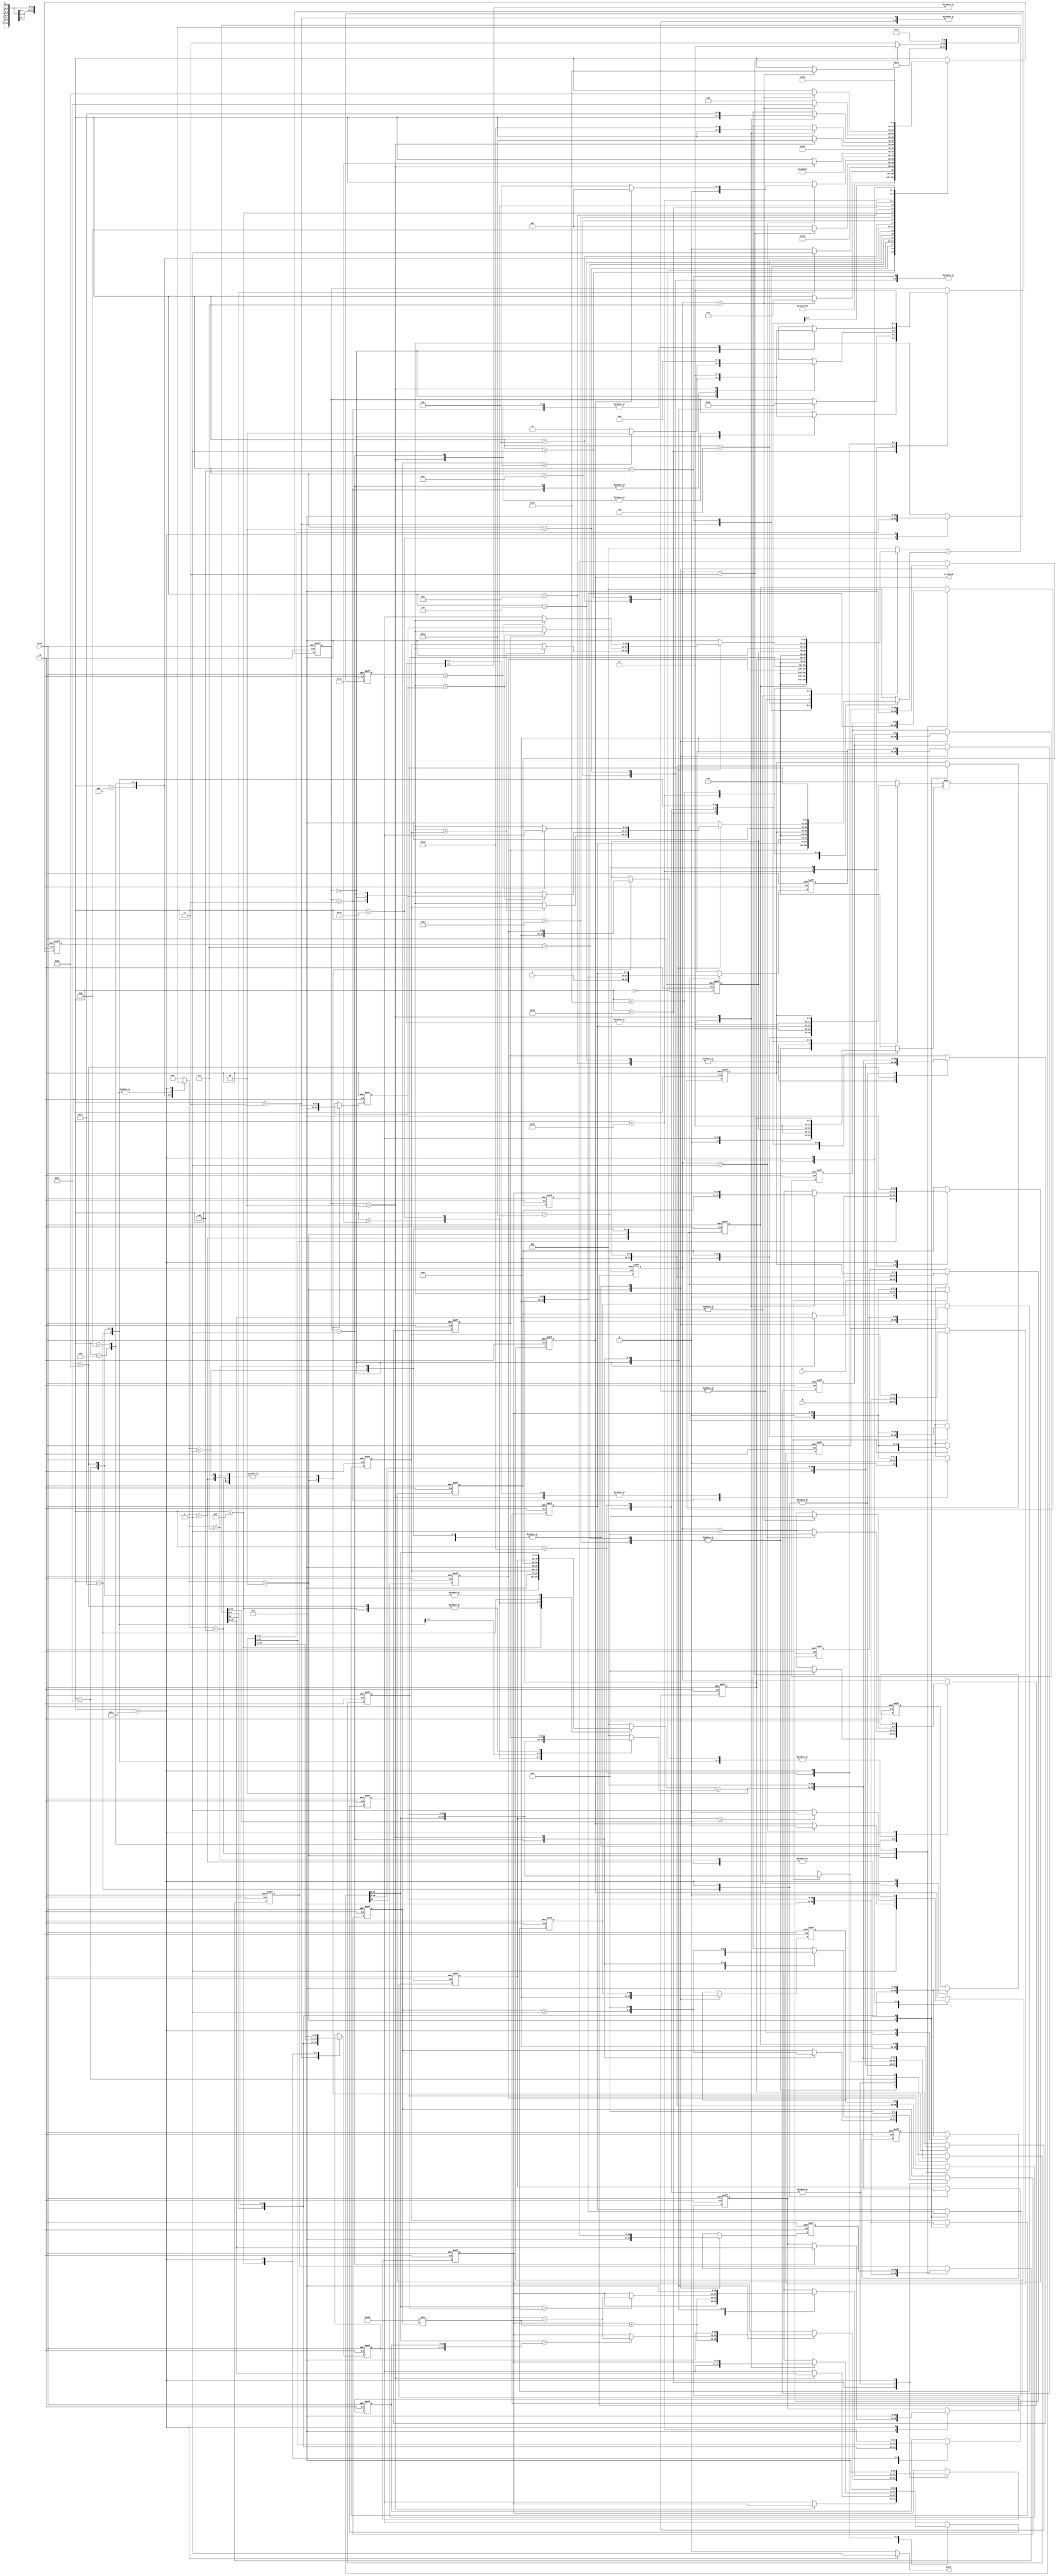
/******************************************************************/
//MODULE:		geofence
//VERSION:		1.0
//CODE TYPE:	RTL
//DESCRIPTION:	2021 University/College IC Design Contest
//
//MODIFICATION HISTORY:
// Date Description
// 11/03/2021
/******************************************************************/

`define Subtractor 22
`define Multiplier 12
`define Adder 23

`define sqrt_input_bit 22
`define sqrt_output_bit 11

`define fsm_bit 5

module geofence ( clk,reset,X,Y,R,valid,is_inside);
input clk;
input reset;
input [9:0] X;
input [9:0] Y;
input [10:0] R;
output valid;
output is_inside;

//===================================

integer i;

// data_mode
parameter data_not_move = 3'd0;
parameter data_move_forward = 3'd1;
parameter data_clear = 3'd2;
parameter data_loop_forward = 3'd3;
parameter data_change = 3'd4;
parameter data_all_loop_forward = 3'd5;

//fsm
parameter data_in = `fsm_bit'd0;
parameter Cross_product_start = `fsm_bit'd1;
parameter fsm_data_change = `fsm_bit'd8;
parameter Cross_product_end = `fsm_bit'd9;
parameter Data_homing = `fsm_bit'd10;
parameter A_to_B_distance_start = `fsm_bit'd11;
parameter sqrt_AtoB_start = `fsm_bit'd16;
parameter Triangle_area_end = `fsm_bit'd19;
parameter sqrt_ssa = `fsm_bit'd20;
parameter sqrt_sbsc = `fsm_bit'd21;
parameter Triangle_area_add = `fsm_bit'd22;
parameter Polygon_area_start = `fsm_bit'd23;
parameter Data_out = `fsm_bit'd25;
parameter Clear_data = `fsm_bit'd26;

//===================================
reg [9:0]x_data[5:0];
reg [9:0]y_data[5:0];
reg [10:0]r_data[5:0];
reg [10:0]dataA,dataB,dataC,dataS;
reg [10:0]dataA_next,dataB_next,dataC_next,dataS_next;
reg [21:0]Triangle_area,Triangle_area_next;

reg [2:0]data_mode;
reg [10:0]ax,ay,bx,by;
reg [10:0]ax_next,ay_next,bx_next,by_next;
reg fit,fit_next;

reg [21:0]ax_by,ay_bx;
reg [21:0]ax_by_next,ay_bx_next;

reg [4:0]count,count_next;
reg [`fsm_bit-1:0]fsm,fsm_next;

reg [1:0]sqrt_state,sqrt_state_next;
reg [`sqrt_output_bit-1:0]sqrt_temp,sqrt_temp_next;
reg [4:0]sqrt_count,sqrt_count_next;
wire [`sqrt_output_bit-1:0]sqrt_temp_sub_count,sqrt_temp_add_count;
wire [4:0]sqrt_count_add1;

assign sqrt_temp_sub_count = sqrt_temp - (`sqrt_output_bit'h400 >> sqrt_count);
assign sqrt_temp_add_count = sqrt_temp + (`sqrt_output_bit'h400 >> sqrt_count);
assign sqrt_count_add1 = sqrt_count + 5'd1;

assign valid = (fsm == `fsm_bit'd26)? 1'b1 : 1'b0;
assign is_inside = fit;

//  Multiplier 12bit * 12bit = 24bit
reg signed [`Multiplier-1:0]xinA,xinB;
wire signed [`Multiplier*2-1:0]xans;
assign xans = xinA * xinB;

// Subtractor 22bit
reg signed[`Subtractor-1:0]sainA,sainB;
wire signed[`Subtractor-1:0]saans;
assign saans = sainA - sainB;

// Adder 22bit
reg signed[`Adder-1:0]add_inA,add_inB;
wire signed[`Adder-1:0]add_ans;
assign add_ans = add_inA + add_inB;

//  counter
wire [4:0]count_add1;
assign count_add1 = count + 5'd1;

//====================================    Sequential logic

always@(posedge clk,posedge reset)
if(reset)
begin
    for(i = 0;i <= 5;i=i+1)   //// reset array[0]~[5]
    begin
        x_data[i] <= 10'd0;
        y_data[i] <= 10'd0;
        r_data[i] <= 11'd0;
    end
	
	ax <= 11'd0;
	ay <= 11'd0;
	bx <= 11'd0;
	by <= 11'd0;
	count <= 5'd0;
	fsm <= `fsm_bit'd0;
	ax_by <= `Subtractor'd0;
	ay_bx <= `Subtractor'd0;
	fit <= 1'b0; 
    sqrt_state <= 2'd0;
    sqrt_temp <= `sqrt_output_bit'd0;
    sqrt_count <= 5'd0;
    dataA <= 11'd0;
    dataB <= 11'd0;
    dataC <= 11'd0;
    dataS <= 11'd0;
    Triangle_area <= 22'd0;
end
else
begin
	ax <= ax_next;
	ay <= ay_next;
	bx <= bx_next;
	by <= by_next;
	count <= count_next;
	fsm <= fsm_next;
	ax_by <= ax_by_next;
	ay_bx <= ay_bx_next;
	fit <= fit_next;
    sqrt_state <= sqrt_state_next;
    sqrt_temp <= sqrt_temp_next;
    sqrt_count <= sqrt_count_next;
    dataA <= dataA_next;
    dataB <= dataB_next;
    dataC <= dataC_next;
    dataS <= dataS_next;
    Triangle_area <= Triangle_area_next;
	
	case(data_mode)	//synopsys parallel_case
		default:
		begin
			for(i = 0;i <= 5;i=i+1)
            begin
                x_data[i] <= x_data[i];
                y_data[i] <= y_data[i];
                r_data[i] <= r_data[i];
            end
		end
		data_move_forward:   //data add to array[5],array[0]~[4]move forward
		begin
            for(i = 0;i <= 4;i=i+1)
            begin
                x_data[i] <= x_data[i+1];
                y_data[i] <= y_data[i+1];
                r_data[i] <= r_data[i+1];
            end
            x_data[5] <= X;
            y_data[5] <= Y;
            r_data[5] <= R;
		end
		data_clear:   // clear array[0]~[5]
		begin
			for(i = 0;i <= 5;i=i+1)
            begin
                x_data[i] <= 10'd0;
                y_data[i] <= 10'd0;
                r_data[i] <= 11'd0;
            end
		end
		data_loop_forward:   // array[0] does not move,array[1]~[5]loop forward
		begin
            for(i = 1;i <= 4;i=i+1)
            begin
                x_data[i] <= x_data[i+1];
                y_data[i] <= y_data[i+1];
                r_data[i] <= r_data[i+1];
            end
			x_data[0] <= x_data[0];
            y_data[0] <= y_data[0];
            r_data[0] <= r_data[0];
            
            x_data[5] <= x_data[1];
            y_data[5] <= y_data[1];
            r_data[5] <= r_data[1];
		end
        data_change:   //array[1] [2]change
		begin
			x_data[1] <= x_data[2];
            y_data[1] <= y_data[2];
            r_data[1] <= r_data[2];

            x_data[2] <= x_data[1];
            y_data[2] <= y_data[1];
            r_data[2] <= r_data[1];
		end
        data_all_loop_forward:   // array[0]~[5]loop forward
		begin
            for(i = 0;i <= 4;i=i+1)
            begin
                x_data[i] <= x_data[i+1];
                y_data[i] <= y_data[i+1];
                r_data[i] <= r_data[i+1];
            end
            x_data[5] <= x_data[0];
            y_data[5] <= y_data[0];
            r_data[5] <= r_data[0];
		end
	endcase
end


//================================================    Combinatorial logic

always@(*)
begin
	case(fsm)
        //============================== Geofence sorting
		data_in:   //data in
		begin
			data_mode = 3'd1;
			ax_next = ax;
			ay_next = ay;
			bx_next = bx;
			by_next = by;
			ax_by_next = ax_by;
			ay_bx_next = ay_bx;
			count_next = count;
			fsm_next = fsm;
			fit_next = fit;
            sqrt_state_next = sqrt_state;
            sqrt_temp_next = sqrt_temp;
            sqrt_count_next = sqrt_count;
            dataA_next = dataA;
            dataB_next = dataB;
            dataC_next = dataC;
            dataS_next = dataS;
            Triangle_area_next = Triangle_area;
            Triangle_area_next = Triangle_area;
			xinA = `Multiplier'd0;
			xinB = `Multiplier'd0;
			sainA = `Subtractor'd0;
			sainB = `Subtractor'd0;
            add_inA = `Adder'd0;
			add_inB = `Adder'd0;
            
			
			if(count == 5'd5)
			begin
				fsm_next = 5'd1;
				count_next = 5'd0;
			end
			else
			begin
				count_next = count_add1;
			end
		end
		Cross_product_start:   // x1-x0
		begin
			data_mode = data_not_move;
			ax_next = {saans[21],saans[9:0]};
			ay_next = ay;
			bx_next = bx;
			by_next = by;
			ax_by_next = ax_by;
			ay_bx_next = ay_bx;
			count_next = count;
			fsm_next = `fsm_bit'd2;
			fit_next = fit;
            sqrt_state_next = sqrt_state;
            sqrt_temp_next = sqrt_temp;
            sqrt_count_next = sqrt_count;
            dataA_next = dataA;
            dataB_next = dataB;
            dataC_next = dataC;
            dataS_next = dataS;
            Triangle_area_next = Triangle_area;
			xinA = `Multiplier'd0;
			xinB = `Multiplier'd0;
			sainA = {12'd0,x_data[1]};
			sainB = {12'd0,x_data[0]};
            add_inA = `Adder'd0;
			add_inB = `Adder'd0;
		end
		`fsm_bit'd2:   // y1-y0
		begin
			data_mode = data_not_move;
			ax_next = ax;
			ay_next = {saans[21],saans[9:0]};
			bx_next = bx;
			by_next = by;
			ax_by_next = ax_by;
			ay_bx_next = ay_bx;
			count_next = count;
			fsm_next = `fsm_bit'd3;
			fit_next = fit;
            sqrt_state_next = sqrt_state;
            sqrt_temp_next = sqrt_temp;
            sqrt_count_next = sqrt_count;
            dataA_next = dataA;
            dataB_next = dataB;
            dataC_next = dataC;
            dataS_next = dataS;
            Triangle_area_next = Triangle_area;
			xinA = `Multiplier'd0;
			xinB = `Multiplier'd0;
			sainA = {12'd0,y_data[1]};
			sainB = {12'd0,y_data[0]};
            add_inA = `Adder'd0;
			add_inB = `Adder'd0;
		end
		`fsm_bit'd3:   // x2-x0
		begin
			data_mode = data_not_move;
			ax_next = ax;
			ay_next = ay;
			bx_next = {saans[21],saans[9:0]};
			by_next = by;
			ax_by_next = ax_by;
			ay_bx_next = ay_bx;
			count_next = count;
			fsm_next = `fsm_bit'd4;
			fit_next = fit;
            sqrt_state_next = sqrt_state;
            sqrt_temp_next = sqrt_temp;
            sqrt_count_next = sqrt_count;
            dataA_next = dataA;
            dataB_next = dataB;
            dataC_next = dataC;
            dataS_next = dataS;
            Triangle_area_next = Triangle_area;
			xinA = `Multiplier'd0;
			xinB = `Multiplier'd0;
			sainA = {12'd0,x_data[2]};
			sainB = {12'd0,x_data[0]};
            add_inA = `Adder'd0;
			add_inB = `Adder'd0;
		end
		`fsm_bit'd4:   // y2-y0
		begin
			data_mode = data_not_move;
			ax_next = ax;
			ay_next = ay;
			bx_next = bx;
			by_next = {saans[21],saans[9:0]};
			ax_by_next = ax_by;
			ay_bx_next = ay_bx;
			count_next = count;
			fsm_next = `fsm_bit'd5;
			fit_next = fit;
            sqrt_state_next = sqrt_state;
            sqrt_temp_next = sqrt_temp;
            sqrt_count_next = sqrt_count;
            dataA_next = dataA;
            dataB_next = dataB;
            dataC_next = dataC;
            dataS_next = dataS;
            Triangle_area_next = Triangle_area;
			xinA = `Multiplier'd0;
			xinB = `Multiplier'd0;
			sainA =  {12'd0,y_data[2]};
			sainB =  {12'd0,y_data[0]};
            add_inA = `Adder'd0;
			add_inB = `Adder'd0;
		end
		`fsm_bit'd5:   // Ax*By
		begin
			data_mode = data_not_move;
			ax_next = ax;
			ay_next = ay;
			bx_next = bx;
			by_next = by;
			ax_by_next = {xans[23],xans[20:0]};
			ay_bx_next = ay_bx;
			count_next = count;
			fsm_next = `fsm_bit'd6;
			fit_next = fit;
            sqrt_state_next = sqrt_state;
            sqrt_temp_next = sqrt_temp;
            sqrt_count_next = sqrt_count;
            dataA_next = dataA;
            dataB_next = dataB;
            dataC_next = dataC;
            dataS_next = dataS;
            Triangle_area_next = Triangle_area;
			xinA = {ax[10],ax[10],ax[9:0]};
			xinB = {by[10],by[10],by[9:0]};
			sainA = `Subtractor'd0;
			sainB = `Subtractor'd0;
            add_inA = `Adder'd0;
			add_inB = `Adder'd0;
		end
		`fsm_bit'd6:   // Ay*Bx
		begin
			data_mode = data_not_move;
			ax_next = ax;
			ay_next = ay;
			bx_next = bx;
			by_next = by;
			ax_by_next = ax_by;
			ay_bx_next = {xans[23],xans[20:0]};
			count_next = count;
			fsm_next = `fsm_bit'd7;
			fit_next = fit;
            sqrt_state_next = sqrt_state;
            sqrt_temp_next = sqrt_temp;
            sqrt_count_next = sqrt_count;
            dataA_next = dataA;
            dataB_next = dataB;
            dataC_next = dataC;
            dataS_next = dataS;
            Triangle_area_next = Triangle_area;
			xinA = {ay[10],ay[10],ay[9:0]};
			xinB = {bx[10],bx[10],bx[9:0]};
			sainA = `Subtractor'd0;
			sainB = `Subtractor'd0;
            add_inA = `Adder'd0;
			add_inB = `Adder'd0;
		end
		`fsm_bit'd7:   // Ax*By - Ay*Bx
		begin
			data_mode = data_not_move;
			ax_next = ax;
			ay_next = ay;
			bx_next = bx;
			by_next = by;
			ax_by_next = ax_by;
			ay_bx_next = ay_bx;
			count_next = count;
			fsm_next = fsm;
			fit_next = fit;
            sqrt_state_next = sqrt_state;
            sqrt_temp_next = sqrt_temp;
            sqrt_count_next = sqrt_count;
            dataA_next = dataA;
            dataB_next = dataB;
            dataC_next = dataC;
            dataS_next = dataS;
            Triangle_area_next = Triangle_area;
			xinA = `Multiplier'd0;
			xinB = `Multiplier'd0;
			sainA = ax_by;
			sainB = ay_bx;
            add_inA = `Adder'd0;
			add_inB = `Adder'd0;
			if(saans[21] == 1'b0)
			begin
				fsm_next = fsm_data_change;
			end
			else
			begin
				fsm_next = Cross_product_end;
			end
		end
		fsm_data_change:   //data change
		begin
			data_mode = data_change;
			ax_next = ax;
			ay_next = ay;
			bx_next = bx;
			by_next = by;
			ax_by_next = ax_by;
			ay_bx_next = ay_bx;
			count_next = count;
			fsm_next = Cross_product_end;
			fit_next = 1'b1;
            sqrt_state_next = sqrt_state;
            sqrt_temp_next = sqrt_temp;
            sqrt_count_next = sqrt_count;
            dataA_next = dataA;
            dataB_next = dataB;
            dataC_next = dataC;
            dataS_next = dataS;
            Triangle_area_next = Triangle_area;
			xinA = `Multiplier'd0;
			xinB = `Multiplier'd0;
			sainA = `Subtractor'd0;
			sainB = `Subtractor'd0;
            add_inA = `Adder'd0;
			add_inB = `Adder'd0;
		end
		Cross_product_end:
		begin
			data_mode = data_loop_forward;
			ax_next = ax;
			ay_next = ay;
			bx_next = bx;
			by_next = by;
			ax_by_next = ax_by;
			ay_bx_next = ay_bx;
			count_next = count;
			fit_next = fit;
            sqrt_state_next = sqrt_state;
            sqrt_temp_next = sqrt_temp;
            sqrt_count_next = sqrt_count;
            dataA_next = dataA;
            dataB_next = dataB;
            dataC_next = dataC;
            dataS_next = dataS;
            Triangle_area_next = Triangle_area;
			if(count == 5'd3)
			begin
                fsm_next = Data_homing;
                count_next = 5'd0;
                data_mode = data_not_move;
			end
			else
			begin
				fsm_next = Cross_product_start;
				count_next = count_add1;
			end
			xinA = `Multiplier'd0;
			xinB = `Multiplier'd0;
			sainA = `Subtractor'd0;
			sainB = `Subtractor'd0;
            add_inA = `Adder'd0;
			add_inB = `Adder'd0;
		end
        Data_homing:
		begin
			data_mode = data_loop_forward;
			ax_next = ax;
			ay_next = ay;
			bx_next = bx;
			by_next = by;
			ax_by_next = ax_by;
			ay_bx_next = ay_bx;
			fit_next = fit;
            sqrt_state_next = sqrt_state;
            sqrt_temp_next = sqrt_temp;
            sqrt_count_next = sqrt_count;
            dataA_next = dataA;
            dataB_next = dataB;
            dataC_next = dataC;
            dataS_next = dataS;
            Triangle_area_next = Triangle_area;
            if(count == 5'd1)
            begin
                count_next = 5'd0;
                if(fit == 1'b1)
                begin
                    fit_next = 1'b0;
			        fsm_next = Cross_product_start;
                end
                else
                begin
                    fsm_next = A_to_B_distance_start;
                end
            end
            else 
            begin
                count_next = count_add1;
                fsm_next = fsm;
            end
			xinA = `Multiplier'd0;
			xinB = `Multiplier'd0;
			sainA = `Subtractor'd0;
			sainB = `Subtractor'd0;
            add_inA = `Adder'd0;
			add_inB = `Adder'd0;
		end
        //================================== Triangle area
        A_to_B_distance_start:  // x1-x0 = ax
		begin
			data_mode = data_not_move;
			ax_next = {saans[21],saans[9:0]};
			ay_next = ay;
			bx_next = bx;
			by_next = by;
			ax_by_next = ax_by;
			ay_bx_next = ay_bx;
			count_next = count;
			fsm_next = 5'd12;
			fit_next = fit;
            sqrt_state_next = sqrt_state;
            sqrt_temp_next = sqrt_temp;
            sqrt_count_next = sqrt_count;
            dataA_next = dataA;
            dataB_next = dataB;
            dataC_next = dataC;
            dataS_next = dataS;
            Triangle_area_next = Triangle_area;
			xinA = `Multiplier'd0;
			xinB = `Multiplier'd0;
			sainA = {12'd0,x_data[1]};
			sainB = {12'd0,x_data[0]};
            add_inA = `Adder'd0;
			add_inB = `Adder'd0;
		end
        `fsm_bit'd12:  // y1-y0 = ay
		begin
			data_mode = data_not_move;
			ax_next = ax;
			ay_next = {saans[21],saans[9:0]};
			bx_next = bx;
			by_next = by;
			ax_by_next = ax_by;
			ay_bx_next = ay_bx;
			count_next = count;
			fsm_next = `fsm_bit'd13;
			fit_next = fit;
            sqrt_state_next = sqrt_state;
            sqrt_temp_next = sqrt_temp;
            sqrt_count_next = sqrt_count;
            dataA_next = dataA;
            dataB_next = dataB;
            dataC_next = dataC;
            dataS_next = dataS;
            Triangle_area_next = Triangle_area;
			xinA = `Multiplier'd0;
			xinB = `Multiplier'd0;
			sainA = {12'd0,y_data[1]};
			sainB = {12'd0,y_data[0]};
            add_inA = `Adder'd0;
			add_inB = `Adder'd0;
		end
        `fsm_bit'd13:  // ax * ax = ax_by
		begin
			data_mode = data_not_move;
			ax_next = ax;
			ay_next = ay;
			bx_next = bx;
			by_next = by;
			ax_by_next = {xans[23],xans[20:0]};
			ay_bx_next = ay_bx;
			count_next = count;
			fsm_next = `fsm_bit'd14;
			fit_next = fit;
            sqrt_state_next = sqrt_state;
            sqrt_temp_next = sqrt_temp;
            sqrt_count_next = sqrt_count;
            dataA_next = dataA;
            dataB_next = dataB;
            dataC_next = dataC;
            dataS_next = dataS;
            Triangle_area_next = Triangle_area;
			xinA = {ax[10],ax[10],ax[9:0]};
			xinB = {ax[10],ax[10],ax[9:0]};
			sainA = `Subtractor'd0;
			sainB = `Subtractor'd0;
            add_inA = `Adder'd0;
			add_inB = `Adder'd0;
		end
        `fsm_bit'd14:  // ay * ay = ay_bx
		begin
			data_mode = data_not_move;
			ax_next = ax;
			ay_next = ay;
			bx_next = bx;
			by_next = by;
			ax_by_next = ax_by;
			ay_bx_next = {xans[23],xans[20:0]};
			count_next = count;
			fsm_next = `fsm_bit'd15;
			fit_next = fit;
            sqrt_state_next = sqrt_state;
            sqrt_temp_next = sqrt_temp;
            sqrt_count_next = sqrt_count;
            dataA_next = dataA;
            dataB_next = dataB;
            dataC_next = dataC;
            dataS_next = dataS;
            Triangle_area_next = Triangle_area;
			xinA = {ay[10],ay[10],ay[9:0]};
			xinB = {ay[10],ay[10],ay[9:0]};
			sainA = `Subtractor'd0;
			sainB = `Subtractor'd0;
            add_inA = `Adder'd0;
			add_inB = `Adder'd0;
		end
        `fsm_bit'd15:  // ax_by + ay_bx = {bx,by} (20+20bit)
		begin
			data_mode = data_not_move;
			ax_next = ax;
			ay_next = ay;
			bx_next = add_ans[21:11];    //MSB 20bit
			by_next = add_ans[10:0];  //LSB 20bit
			ax_by_next = ax_by;
			ay_bx_next = ay_bx;
			count_next = count;
			fsm_next = sqrt_AtoB_start;
			fit_next = fit;
            sqrt_state_next = sqrt_state;
            sqrt_temp_next = sqrt_temp;
            sqrt_count_next = sqrt_count;
            dataA_next = dataA;
            dataB_next = dataB;
            dataC_next = dataC;
            dataS_next = dataS;
            Triangle_area_next = Triangle_area;
			xinA = `Multiplier'd0;
			xinB = `Multiplier'd0;
            add_inA = {1'b0,ax_by};
			add_inB = {1'b0,ay_bx};
            sainA = `Subtractor'd0;
			sainB = `Subtractor'd0;
		end
        sqrt_AtoB_start:    
		begin
			data_mode = data_not_move;
			ax_next = ax;
			ay_next = ay;
			bx_next = bx;
			by_next = by;
			ax_by_next = ax_by;
			ay_bx_next = ay_bx;
			count_next = count;
			fsm_next = fsm;
			fit_next = fit;
            sqrt_temp_next = sqrt_temp;
            sqrt_count_next = sqrt_count;
            dataA_next = dataA;
            dataB_next = dataB;
            dataC_next = dataC;
            dataS_next = dataS;
            Triangle_area_next = Triangle_area;
            case (sqrt_state)
                2'd0:
                begin
                    sqrt_temp_next = sqrt_temp_add_count;
                    if(sqrt_count >= `sqrt_output_bit)
                        sqrt_state_next = 2'd2;
                    else
                        sqrt_state_next = 2'd1;
                end
                2'd1:
                begin
                    if(xans[21:0] > {bx,by})begin
                        sqrt_temp_next = sqrt_temp_sub_count;
                    end
                    sqrt_count_next  = sqrt_count_add1;
                    sqrt_state_next = 2'd0;
                end
                2'd2:
                begin
                    dataC_next = sqrt_temp;
                    sqrt_count_next = 5'd0;
                    sqrt_state_next = 2'd0;
                    sqrt_temp_next = `sqrt_output_bit'd0;
                    fsm_next = `fsm_bit'd17;
                end
                default:
                begin
                    sqrt_state_next = sqrt_state;
                end
            endcase
			xinA = {1'b0,sqrt_temp};
			xinB = {1'b0,sqrt_temp};
			sainA = `Subtractor'd0;
			sainB = `Subtractor'd0;
            add_inA = `Adder'd0;
			add_inB = `Adder'd0;
		end
        `fsm_bit'd17:   // (r_data[0]+r_data[1]) a + b  = dataA
		begin
			data_mode = data_not_move;
			ax_next = ax;
			ay_next = ay;
			bx_next = bx;
			by_next = by;
			ax_by_next = ax_by;
			ay_bx_next = ay_bx;
			count_next = count;
			fsm_next = `fsm_bit'd18;
			fit_next = fit;
            sqrt_state_next = sqrt_state;
            sqrt_temp_next = sqrt_temp;
            sqrt_count_next = sqrt_count;
            dataA_next = add_ans[10:0];
            dataB_next = dataB;
            dataC_next = dataC;
            dataS_next = dataS;
            Triangle_area_next = Triangle_area;
			xinA = `Multiplier'd0;
			xinB = `Multiplier'd0;
			sainA = `Subtractor'd0;
			sainB = `Subtractor'd0;
            add_inA = {12'b0,r_data[0]};
			add_inB = {12'b0,r_data[1]};
		end
        `fsm_bit'd18:   // (dataA+dataC) ((a+b) + c )/2 = dataS
		begin
			data_mode = data_not_move;
			ax_next = ax;
			ay_next = ay;
			bx_next = bx;
			by_next = by;
			ax_by_next = ax_by;
			ay_bx_next = ay_bx;
			count_next = count;
			fsm_next = Triangle_area_end;
			fit_next = fit;
            sqrt_state_next = sqrt_state;
            sqrt_temp_next = sqrt_temp;
            sqrt_count_next = sqrt_count;
            dataA_next = dataA;
            dataB_next = dataB;
            dataC_next = dataC;
            dataS_next = add_ans[11:1];
            Triangle_area_next = Triangle_area;
			xinA = `Multiplier'd0;
			xinB = `Multiplier'd0;
			sainA = `Subtractor'd0;
			sainB = `Subtractor'd0;
            add_inA = {12'b0,dataA};
			add_inB = {12'd0,dataC};
		end
        Triangle_area_end:  // 3 stage => (s-a) , (a-b) , (s-c) 
		begin
			data_mode = data_not_move;
			ax_next = ax;
			ay_next = ay;
			bx_next = bx;
			by_next = by;
			ax_by_next = ax_by;
			ay_bx_next = ay_bx;
			count_next = count;
			fsm_next = fsm;
			fit_next = fit;
            sqrt_temp_next = sqrt_temp;
            sqrt_count_next = sqrt_count;
            dataA_next = dataA;
            dataB_next = dataB;
            dataC_next = dataC;
            dataS_next = dataS;
            Triangle_area_next = Triangle_area;
            case (sqrt_state)
                2'd0:
                begin
                    sqrt_state_next = 2'd1;
                    dataA_next = saans[10:0];
                    if(dataS > r_data[0])
                    begin
                        sainA = {11'd0,dataS};
			            sainB = {11'd0,r_data[0]};
                    end
                    else
                    begin
                        sainA = {11'd0,r_data[0]};
			            sainB = {11'd0,dataS};
                    end
                end
                2'd1:
                begin
                    sqrt_state_next = 2'd2;
                    dataB_next = saans[10:0];
                    if(dataS > r_data[1])
                    begin
                        sainA = {11'd0,dataS};
			            sainB = {11'd0,r_data[1]};
                    end
                    else
                    begin
                        sainA = {11'd0,r_data[1]};
			            sainB = {11'd0,dataS};
                    end
                end
                2'd2:
                begin
                    fsm_next = sqrt_ssa;
                    sqrt_state_next = 2'd3;
                    dataC_next = saans[10:0];
                    if(dataS > dataC)
                    begin
                        sainA = {11'd0,dataS};
			            sainB = {11'd0,dataC};
                    end
                    else
                    begin
                        sainA = {11'd0,dataC};
			            sainB = {11'd0,dataS};
                    end
                end
                default:
		        begin
                    sqrt_state_next = sqrt_state;
                    sainA = `Subtractor'd0;
			        sainB = `Subtractor'd0;
                end
            endcase
			xinA = `Multiplier'd0;
			xinB = `Multiplier'd0;
            add_inA = `Adder'd0;
			add_inB = `Adder'd0;
		end
        sqrt_ssa:    
		begin
			data_mode = data_not_move;
			ax_next = ax;
			ay_next = ay;
			bx_next = bx;
			by_next = by;
			ax_by_next = ax_by;
			ay_bx_next = ay_bx;
			count_next = count;
			fsm_next = fsm;
			fit_next = fit;
            sqrt_temp_next = sqrt_temp;
            sqrt_count_next = sqrt_count;
            dataA_next = dataA;
            dataB_next = dataB;
            dataC_next = dataC;
            dataS_next = dataS;
            Triangle_area_next = Triangle_area;
            xinA = {1'b0,sqrt_temp};
			xinB = {1'b0,sqrt_temp};
            case (sqrt_state)
                2'd3:
                begin
                    xinA = {1'b0,dataS};
			        xinB = {1'b0,dataA};
                    ax_by_next = xans[21:0];
                    sqrt_state_next = 2'd0;
                end
                2'd0:
                begin
                    sqrt_temp_next = sqrt_temp_add_count;
                    if(sqrt_count >= `sqrt_output_bit)
                        sqrt_state_next = 2'd2;
                    else
                        sqrt_state_next = 2'd1;
                end
                2'd1:
                begin
                    if(xans[21:0] > ax_by)begin
                        sqrt_temp_next = sqrt_temp_sub_count;
                    end
                    sqrt_count_next  = sqrt_count_add1;
                    sqrt_state_next = 2'd0;
                end
                2'd2:
                begin
                    dataA_next = sqrt_temp;
                    sqrt_count_next = 5'd0;
                    sqrt_state_next = 2'd3;
                    sqrt_temp_next = `sqrt_output_bit'd0;
                    fsm_next = sqrt_sbsc;
                end
                default:
                begin
                    sqrt_state_next = sqrt_state;
                end
            endcase
			sainA = `Subtractor'd0;
			sainB = `Subtractor'd0;
            add_inA = `Adder'd0;
			add_inB = `Adder'd0;
		end
        sqrt_sbsc:    
		begin
			data_mode = data_not_move;
			ax_next = ax;
			ay_next = ay;
			bx_next = bx;
			by_next = by;
			ax_by_next = ax_by;
			ay_bx_next = ay_bx;
			count_next = count;
			fsm_next = fsm;
			fit_next = fit;
            sqrt_temp_next = sqrt_temp;
            sqrt_count_next = sqrt_count;
            dataA_next = dataA;
            dataB_next = dataB;
            dataC_next = dataC;
            dataS_next = dataS;
            Triangle_area_next = Triangle_area;
            xinA = {1'b0,sqrt_temp};
			xinB = {1'b0,sqrt_temp};
            case (sqrt_state)
                2'd3:
                begin
                    xinA = {1'b0,dataB};
			        xinB = {1'b0,dataC};
                    ax_by_next = xans[21:0];
                    sqrt_state_next = 2'd0;
                end
                2'd0:
                begin
                    sqrt_temp_next = sqrt_temp_add_count;
                    if(sqrt_count >= `sqrt_output_bit)
                        sqrt_state_next = 2'd2;
                    else
                        sqrt_state_next = 2'd1;
                end
                2'd1:
                begin
                    if(xans[21:0] > ax_by)begin
                        sqrt_temp_next = sqrt_temp_sub_count;
                    end
                    sqrt_count_next  = sqrt_count_add1;
                    sqrt_state_next = 2'd0;
                end
                2'd2:
                begin
                    dataC_next = sqrt_temp;
                    sqrt_count_next = 5'd0;
                    sqrt_state_next = 2'd0;
                    sqrt_temp_next = `sqrt_output_bit'd0;
                    fsm_next = Triangle_area_add;
                end
                default:
                begin
                    sqrt_state_next = sqrt_state;
                end
            endcase
			sainA = `Subtractor'd0;
			sainB = `Subtractor'd0;
            add_inA = `Adder'd0;
			add_inB = `Adder'd0;
		end
        Triangle_area_add:
		begin
			data_mode = data_all_loop_forward;
			ax_next = ax;
			ay_next = ay;
			bx_next = bx;
			by_next = by;
			ax_by_next = 22'd0;
			ay_bx_next = 22'd0;
			count_next = count;
			fit_next = fit;
            sqrt_state_next = sqrt_state;
            sqrt_temp_next = sqrt_temp;
            sqrt_count_next = sqrt_count;
            dataA_next = dataA;
            dataB_next = dataB;
            dataC_next = dataC;
            dataS_next = dataS;
            Triangle_area_next = add_ans[21:0];
            if(count == 5'd5)
            begin
                fsm_next = Polygon_area_start;
                count_next = 5'd0;
            end
            else 
            begin
                fsm_next = A_to_B_distance_start;
                count_next = count_add1;
            end
			xinA = {1'b0,dataA};
			xinB = {1'b0,dataC};
			sainA = `Subtractor'd0;
			sainB = `Subtractor'd0;
            add_inA = {1'b0,Triangle_area};
			add_inB = {1'b0,xans[21:0]};
		end
        //================================== Polygon area
        Polygon_area_start:     
		begin
			data_mode = data_all_loop_forward;
			ax_next = ax;
			ay_next = ay;
			bx_next = bx;
			by_next = by;
			ax_by_next = add_ans[21:0];
			ay_bx_next = ay_bx;
			fsm_next = fsm;
			fit_next = fit;
            sqrt_state_next = sqrt_state;
            sqrt_temp_next = sqrt_temp;
            sqrt_count_next = sqrt_count;
            dataA_next = dataA;
            dataB_next = dataB;
            dataC_next = dataC;
            dataS_next = dataS;
            Triangle_area_next = Triangle_area;
            if(count == 5'd5)
            begin
                fsm_next = `fsm_bit'd24;
                count_next = 5'd0;
            end
            else 
            begin
                count_next = count_add1;
            end
			xinA = {2'b0,x_data[0]};
			xinB = {2'b0,y_data[1]};
			sainA = `Subtractor'd0;
			sainB = `Subtractor'd0;
            add_inA = xans[22:0];
			add_inB = {1'b0,ax_by};
		end
        `fsm_bit'd24:     
		begin
			data_mode = data_all_loop_forward;
			ax_next = ax;
			ay_next = ay;
			bx_next = bx;
			by_next = by;
			ax_by_next = ax_by;
			ay_bx_next = add_ans[21:0];
			fsm_next = fsm;
			fit_next = fit;
            sqrt_state_next = sqrt_state;
            sqrt_temp_next = sqrt_temp;
            sqrt_count_next = sqrt_count;
            dataA_next = dataA;
            dataB_next = dataB;
            dataC_next = dataC;
            dataS_next = dataS;
            Triangle_area_next = Triangle_area;
            if(count == 5'd5)
            begin
                fsm_next = Data_out;
                count_next = 5'd0;
            end
            else 
            begin
                count_next = count_add1;
            end
			xinA = {2'b0,y_data[0]};
			xinB = {2'b0,x_data[1]};
			sainA = `Subtractor'd0;
			sainB = `Subtractor'd0;
            add_inA = xans[22:0];
			add_inB = {1'b0,ay_bx};
		end
        Data_out:
		begin
			data_mode = data_not_move;
			ax_next = ax;
			ay_next = ay;
			bx_next = bx;
			by_next = by;
			ax_by_next = ax_by;
			ay_bx_next = ay_bx;
			count_next = count;
			fsm_next = Clear_data;
			fit_next = fit;
            sqrt_state_next = sqrt_state;
            sqrt_temp_next = sqrt_temp;
            sqrt_count_next = sqrt_count;
            dataA_next = dataA;
            dataB_next = dataB;
            dataC_next = dataC;
            dataS_next = dataS;
            Triangle_area_next = Triangle_area;
            if(Triangle_area > (saans >> 1'b1))
                fit_next = 1'b0;
            else 
                fit_next = 1'b1;
			xinA = `Multiplier'd0;
			xinB = `Multiplier'd0;
			sainA = ay_bx;
			sainB = ax_by;
            add_inA = `Adder'd0;
			add_inB = `Adder'd0;
		end
        Clear_data:
		begin
			data_mode = data_clear;
			ax_next = 11'd0;
			ay_next = 11'd0;
			bx_next = 11'd0;
			by_next = 11'd0;
			ax_by_next = 22'd0;
			ay_bx_next = 22'd0;
			count_next = 5'd0;
			fsm_next = data_in;
			fit_next = 1'b0;
            sqrt_state_next = 2'd0;
            sqrt_temp_next = `sqrt_output_bit'd0;
            sqrt_count_next = 5'd0;
            dataA_next = 11'd0;
            dataB_next = 11'd0;
            dataC_next = 11'd0;
            dataS_next = 11'd0;
            Triangle_area_next = 22'd0;
			xinA = `Multiplier'd0;
			xinB = `Multiplier'd0;
			sainA = `Subtractor'd0;
			sainB = `Subtractor'd0;
            add_inA = `Adder'd0;
			add_inB = `Adder'd0;
		end
		default:
		begin
			data_mode = data_not_move;
			ax_next = ax;
			ay_next = ay;
			bx_next = bx;
			by_next = by;
			ax_by_next = ax_by;
			ay_bx_next = ay_bx;
			count_next = count;
			fsm_next = fsm;
			fit_next = fit;
            sqrt_state_next = sqrt_state;
            sqrt_temp_next = sqrt_temp;
            sqrt_count_next = sqrt_count;
            dataA_next = dataA;
            dataB_next = dataB;
            dataC_next = dataC;
            dataS_next = dataS;
            Triangle_area_next = Triangle_area;
			xinA = `Multiplier'd0;
			xinB = `Multiplier'd0;
			sainA = `Subtractor'd0;
			sainB = `Subtractor'd0;
            add_inA = `Adder'd0;
			add_inB = `Adder'd0;
		end
	endcase
end



endmodule